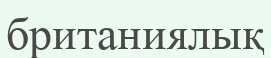
британиялық